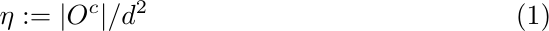
\begin{equation}\label{eq:eta}
\eta:=|O^c|/d^2
\end{equation}